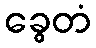
ခွေတံ